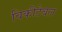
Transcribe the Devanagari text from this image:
विकीटेबल